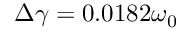
\Delta \gamma = 0 . 0 1 8 2 \omega _ { 0 }